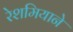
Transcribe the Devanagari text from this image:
रेशमियाने